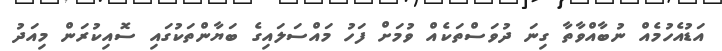
އަޑުއެހުމެއް ނުބާއްވާތާ ގިނަ ދުވަސްތަކެއް ވުމަށް ފަހު މައްސަލައިގެ ބަޔާންތަކުގައި ސޮއިކުރަން މިއަދު